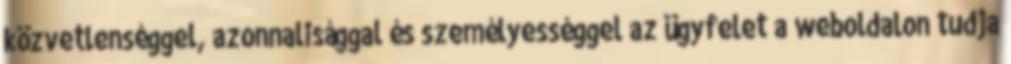
közvetlenséggel, azonnalisággal és személyességgel az ügyfelet a weboldalon tudja